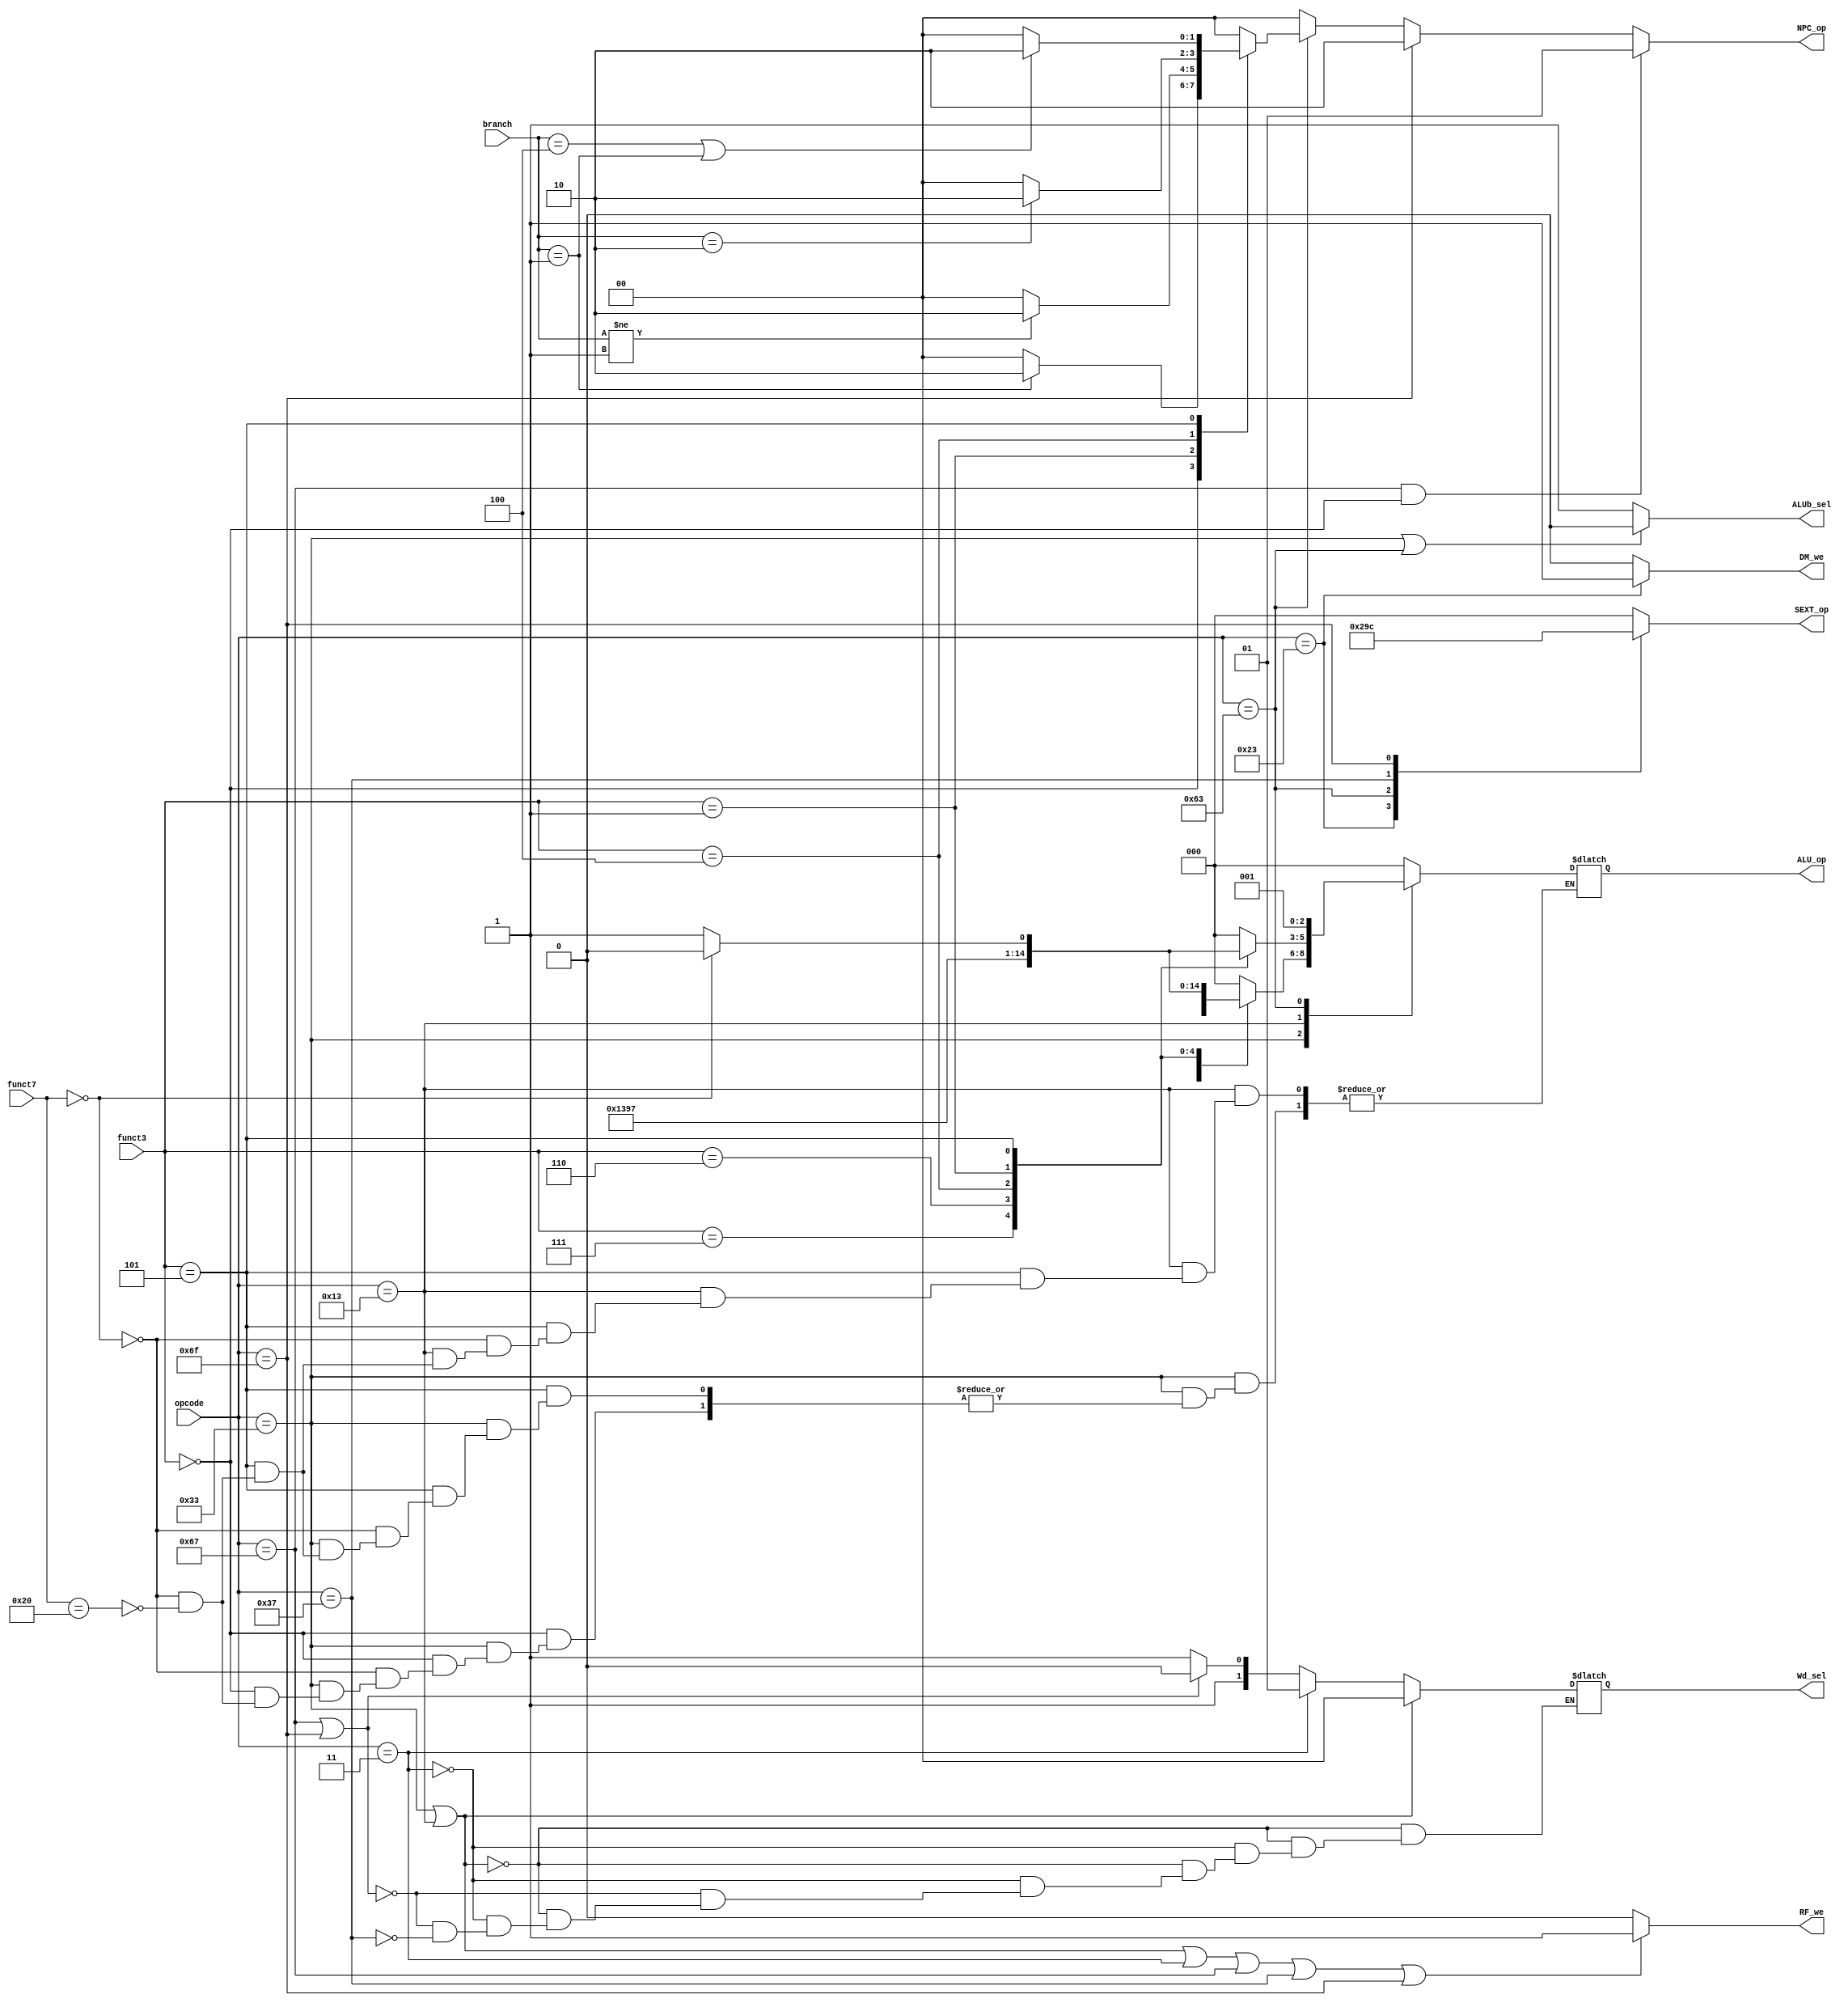
module CTRL(
    input [6:0] opcode,
    input [2:0] funct3,
    input [6:0] funct7,
    input [2:0] branch,
    output reg [1:0] NPC_op,
    output reg RF_we,
    output reg [1:0] Wd_sel,
    output reg [2:0] ALU_op,
    output reg ALUb_sel,
    output reg [2:0] SEXT_op,
    output reg DM_we
);

parameter OPC_RTYPE = 'b0110011,
          OPC_ITYPE = 'b0010011,
          OPC_ITYPE_LW = 'b0000011,
          OPC_ITYPE_JALR = 'b1100111,
          OPC_STYPE = 'b0100011,
          OPC_JTYPE = 'b1101111,
          OPC_BTYPE = 'b1100011,
          OPC_UTYPE = 'b0110111,
          
          F3_ADD_OR_SUB = 'b000,
          F3_AND = 'b111,
          F3_OR = 'b110,
          F3_XOR = 'b100,
          F3_SLL = 'b001,
          F3_SR = 'b101, 
          F3_JALR = 'b000,
          F3_BEQ = 'b000,
          F3_BNE = 'b001,
          F3_BLT = 'b100,
          F3_BGE = 'b101,
          
          F7_DEFAULT = 'b0000000,
          F7_SUB_OR_ARITH = 'b0100000,
          
          BRANCH_EQ = 'b001,
          BRANCH_LT = 'b010,
          BRANCH_GT = 'b100,
          
          NPC_PC4 = 'b00,
          NPC_RA = 'b01,
          NPC_IMM = 'b10,
          
          WD_ALUC = 'b00,
          WD_DM = 'b01,
          WD_PC4 = 'b10,
          WD_SEXT = 'b11,
          
          ALU_ADD = 'b000,
          ALU_SUB = 'b001,
          ALU_AND = 'b010,
          ALU_OR = 'b011,
          ALU_XOR = 'b100,
          ALU_SLL = 'b101,
          ALU_SRL = 'b110,
          ALU_SRA = 'b111,
          
          SEXT_ITYPE = 'b000,
          SEXT_STYPE = 'b001,
          SEXT_BTYPE = 'b010,
          SEXT_UTYPE = 'b011,
          SEXT_JTYPE = 'b100;

// NPC_op
always @(*) begin
    // JALR: imm + rs1
    if (opcode == OPC_ITYPE_JALR && funct3 == F3_JALR) begin
        NPC_op = NPC_RA;
    end
    // JAL: PC + imm
    else if (opcode == OPC_JTYPE) begin
        NPC_op = NPC_IMM;
    end
    // B-type: according to branch result
    else if (opcode == OPC_BTYPE) begin
        case(funct3)
            F3_BEQ: NPC_op = (branch == BRANCH_EQ) ? NPC_IMM : NPC_PC4;
            F3_BNE: NPC_op = (branch != BRANCH_EQ) ? NPC_IMM : NPC_PC4;
            F3_BLT: NPC_op = (branch == BRANCH_LT) ? NPC_IMM : NPC_PC4;
            F3_BGE: NPC_op = (branch == BRANCH_GT || branch == BRANCH_EQ) ? NPC_IMM : NPC_PC4;
            default: NPC_op = NPC_PC4;
        endcase
    end
    else begin
        NPC_op = NPC_PC4;
    end
end

// RF_we
always @(*) begin
    if (opcode == OPC_RTYPE || opcode == OPC_ITYPE || opcode == OPC_ITYPE_LW || opcode == OPC_ITYPE_JALR || opcode == OPC_UTYPE || opcode == OPC_JTYPE) begin
        RF_we = 1'b1;
    end
    else begin
        RF_we = 1'b0;
    end
end

// Wd_sel
always @(*) begin
    // R-type and I-type (not include lw or jalr): rd = alu_c
    if (opcode == OPC_RTYPE || opcode == OPC_ITYPE) begin
        Wd_sel = WD_ALUC;
    end
    // lw: rd = Data_Memory
    else if (opcode == OPC_ITYPE_LW) begin
        Wd_sel = WD_DM;
    end
    // jalr and jal: rd = PC + 4
    else if (opcode == OPC_ITYPE_JALR || opcode == OPC_JTYPE) begin
        Wd_sel = WD_PC4;
    end
    // U-type: rd = imm
    else if (opcode == OPC_UTYPE) begin
        Wd_sel = WD_SEXT;
    end
end

// ALU_op
always @(*) begin
    case(opcode)
        OPC_RTYPE: begin
            case(funct3)
                F3_ADD_OR_SUB: begin
                    if (funct7 == F7_DEFAULT) begin
                        ALU_op = ALU_ADD;
                    end
                    else if (funct7 == F7_SUB_OR_ARITH) begin
                        ALU_op = ALU_SUB;
                    end
                end
                F3_AND: ALU_op = ALU_AND;
                F3_OR: ALU_op = ALU_OR;
                F3_XOR: ALU_op = ALU_XOR;
                F3_SLL: ALU_op = ALU_SLL;
                F3_SR: begin
                    if (funct7 == F7_DEFAULT) begin
                        ALU_op = ALU_SRL;
                    end
                    else if (funct7 == F7_SUB_OR_ARITH) begin
                        ALU_op = ALU_SRA;
                    end
                end
                default: ALU_op = 3'b000;
            endcase
        end
        OPC_ITYPE: begin
            case(funct3)
                F3_ADD_OR_SUB: ALU_op = ALU_ADD;
                F3_AND: ALU_op = ALU_AND;
                F3_OR: ALU_op = ALU_OR;
                F3_XOR: ALU_op = ALU_XOR;
                F3_SLL: ALU_op = ALU_SLL;
                F3_SR: begin
                    if (funct7 == F7_DEFAULT) begin
                        ALU_op = ALU_SRL;
                    end
                    else if (funct7 == F7_SUB_OR_ARITH) begin
                        ALU_op = ALU_SRA;
                    end
                end
                default: ALU_op = 3'b000;
            endcase
        end
        OPC_ITYPE_LW: ALU_op = ALU_ADD;
        OPC_STYPE: ALU_op = ALU_ADD;
        OPC_BTYPE: ALU_op = ALU_SUB;
        default: ALU_op = 3'b000;
    endcase
end

// ALUb_sel
always @(*) begin
    if (opcode == OPC_RTYPE || opcode == OPC_BTYPE) begin
        ALUb_sel = 1'b0;
    end
    else begin
        ALUb_sel = 1'b1;
    end
end

// SEXT_op
always @(*) begin
    case(opcode)
        OPC_ITYPE: SEXT_op = SEXT_ITYPE;
        OPC_STYPE: SEXT_op = SEXT_STYPE;
        OPC_BTYPE: SEXT_op = SEXT_BTYPE;
        OPC_UTYPE: SEXT_op = SEXT_UTYPE;
        OPC_JTYPE: SEXT_op = SEXT_JTYPE;
        default: SEXT_op = 3'b000;
    endcase
end

// DM_we
always @(*) begin
    if (opcode == OPC_STYPE) begin
        DM_we = 1'b1;
    end
    else begin
        DM_we = 1'b0;
    end
end

endmodule